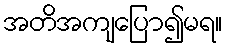
အတိအကျပြော၍မရ။